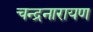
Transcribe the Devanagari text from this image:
चन्द्रनारायण